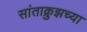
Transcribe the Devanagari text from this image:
सांताक्रुझच्या